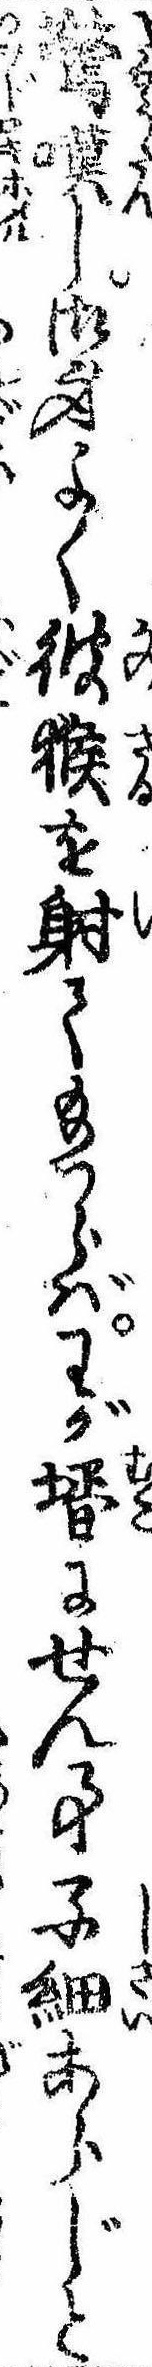
驚嘆し御身よく彼猴を射て給はらばわが婿にせん事子細あらじと